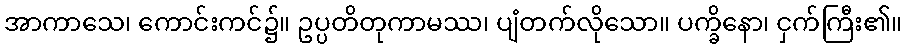
အာကာသေ၊ ကောင်းကင်၌။ ဥပ္ပတိတုကာမဿ၊ ပျံတက်လိုသော။ ပက္ခိနော၊ ငှက်ကြီး၏။